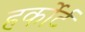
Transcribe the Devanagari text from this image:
हर्कोर्ट